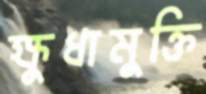
ক্ষুধামুক্তি